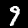
Digit: 9